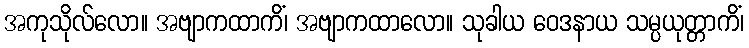
အကုသိုလ်လော။ အဗျာကထာကိံ၊ အဗျာကထာလော။ သုခါယ ဝေဒနာယ သမ္ပယုတ္တာကိံ၊